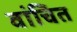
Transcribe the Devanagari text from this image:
वांचित